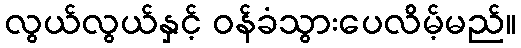
လွယ်လွယ်နှင့် ဝန်ခံသွားပေလိမ့်မည်။